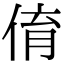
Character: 俼